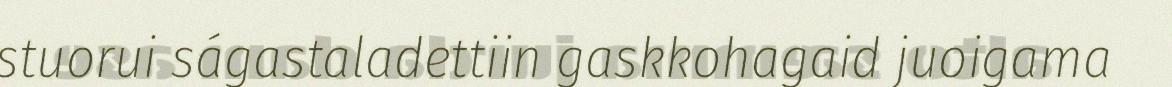
stuorui ságastaladettiin gaskkohagaid juoigama